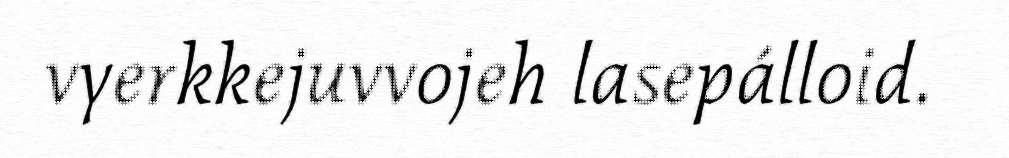
vyerkkejuvvojeh lasepálloid.